Annual report of lunatic asylums [Bombay] - 1912-1922
Year: 1912
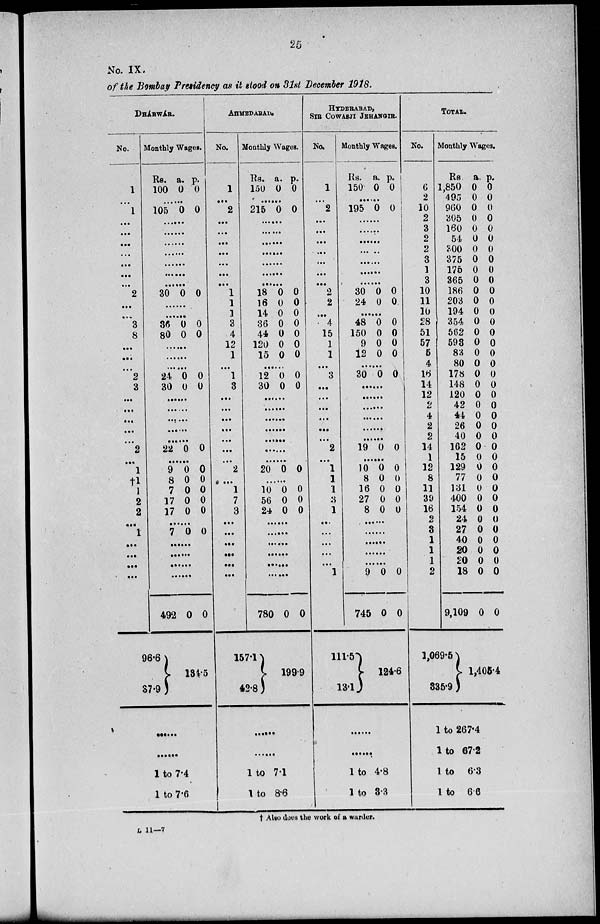
25
No. IX.
of the Bombay Presidency as it stood on 31st December 1918.
DHÁRWÁR.
No.
1
...
1
...
...
...
...
...
...
...
2
...
...
3
8
...
...
...
2
3
...
...
...
...
...
2
...
1
†1
1
2
2
...
1
...
...
...
...
Monthly Wages.
Rs.
100
a.
0
p.
0
......
105 0 0
......
......
......
......
......
......
......
30 0 0
......
......
36
80
0
0
0
0
......
......
......
24
30
0
0
0
0
......
......
......
......
......
22 0 0
......
9
8
7
17
17
0
0
0
0
0
0
0
0
0
0
......
7 0 0
......
......
......
......
492
96.6
37.9
0 0
134.5
......
......
1 to 7.4
1 to 7.6
AHMEDABAD.
No.
1
...
2
...
...
...
...
...
...
...
1
1
1
3
4
12
1
...
1
3
...
...
...
...
...
...
...
2
...
1
7
3
...
...
...
...
...
...
Monthly Wages.
Rs.
150
a.
0
p.
0
......
215 0 0
......
......
......
......
......
......
......
18
16
14
36
44
120
15
0
0
0
0
0
0
0
0
0
0
0
0
0
0
......
12
30
0
0
0
0
......
......
......
......
......
......
......
20 0 0
......
10
56
24
0
0
0
0
0
0
......
......
......
......
......
......
780
157.1
42.8
0 0
199.9
......
......
1 to 7.1
1 to 8.6
HYDERABAD,
SIR COWASJI JEHANGIR.
No.
1
...
2
...
...
...
...
...
...
...
2
2
...
4
15
1
1
...
3
...
...
...
...
...
...
2
...
1
1
1
3
1
...
...
...
...
...
1
Monthly Wages.
Rs.
150
a.
0
p.
0
......
195 0 0
......
......
......
......
......
......
......
30
24
0
0
0
0
......
48
150
9
12
0
0
0
0
0
0
0
0
......
30 0 0
......
......
......
......
......
......
19 0 0
......
10
8
16
27
8
0
0
0
0
0
0
0
0
0
0
......
......
......
......
......
9
745
111.5
13.1
0
0
0
0
124.6
......
......
1 to 4.8
1 to 3.3
TOTAL.
No.
6
2
10
2
3
2
2
3
1
3
10
11
10
28
51
57
5
4
16
14
12
2
4
2
2
14
1
12
8
11
39
16
2
3
1
1
1
2
Monthly Wages.
Rs.
1,850
495
960
305
160
54
300
375
175
365
186
203
194
354
562
593
83
80
178
148
120
42
44
26
40
162
15
129
77
131
400
154
24
27
40
20
20
18
9,109
1,069.5
335.9
a.
0
0
0
0
0
0
0
0
0
0
0
0
0
0
0
0
0
0
0
0
0
0
0
0
0
0
0
0
0
0
0
0
0
0
0
0
0
0
0
p.
0
0
0
0
0
0
0
0
0
0
0
0
0
0
0
0
0
0
0
0
0
0
0
0
0
0
0
0
0
0
0
0
0
0
0
0
0
0
0
1,405.4
1 to 267.4
1 to 67.2
1 to 6.3
1 to 6.6
† Also does the work of a warder.
L 11—7